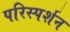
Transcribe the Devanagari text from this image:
परिस्‍पर्शन